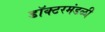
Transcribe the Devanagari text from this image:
डॉक्टरमंडळी